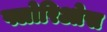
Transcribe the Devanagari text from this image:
फ्लोरिओस